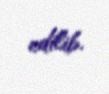
edilib.